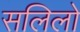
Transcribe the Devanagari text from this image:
सलिलो